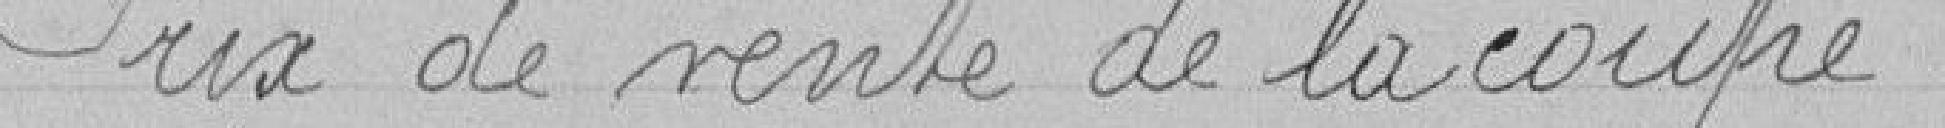
Prix de vente de la coupe